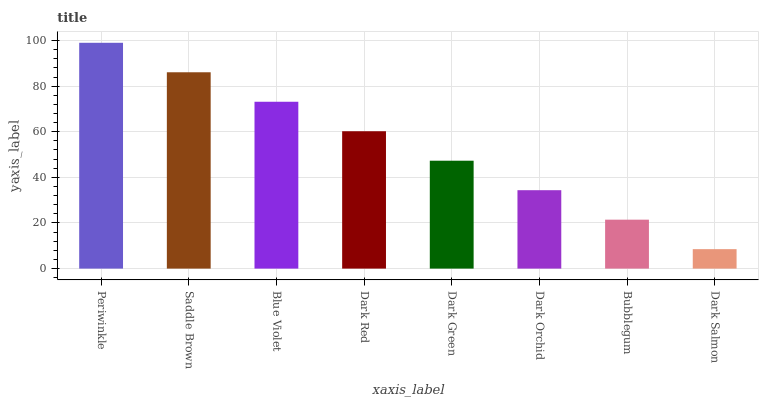
| xaxis_label | bars |
 | --- | --- |
 | Periwinkle | 99 |
 | Saddle Brown | 86.1 |
 | Blue Violet | 73.2 |
 | Dark Red | 60.2 |
 | Dark Green | 47.3 |
 | Dark Orchid | 34.4 |
 | Bubblegum | 21.5 |
 | Dark Salmon | 8.53 |